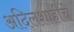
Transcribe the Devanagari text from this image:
अदिलशाहीचे